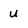
Character: u